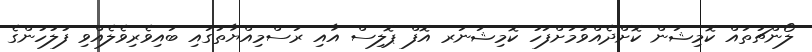
ލޯންޗުތައް ކޮމިޝަން ކޮށްދެއްވުމަށްފަހު ކޮމިޝަނަރ އޮފް ޕޮލިސް އާއި ރަސްމިއްޔާތުގައި ބައިވެރިވެލެއްވި ފުލުހުންގެ